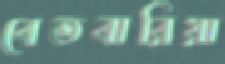
বেতবারিয়া